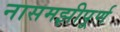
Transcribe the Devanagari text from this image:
नासमझीपूर्ण